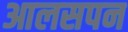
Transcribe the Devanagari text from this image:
आलसपन